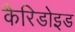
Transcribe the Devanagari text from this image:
कैरिडोइड